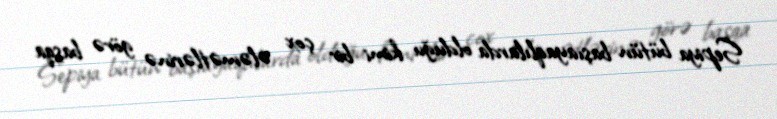
Sepiya bütün başıayaqlılarda olduğu kimi bir çox ələmətlərinə görə başqa